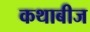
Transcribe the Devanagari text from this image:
कथाबीज